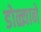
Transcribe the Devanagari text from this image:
डोळ्यानें